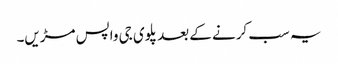
یہ سب کرنے کے بعد پلوی جی واپس مڑیں۔